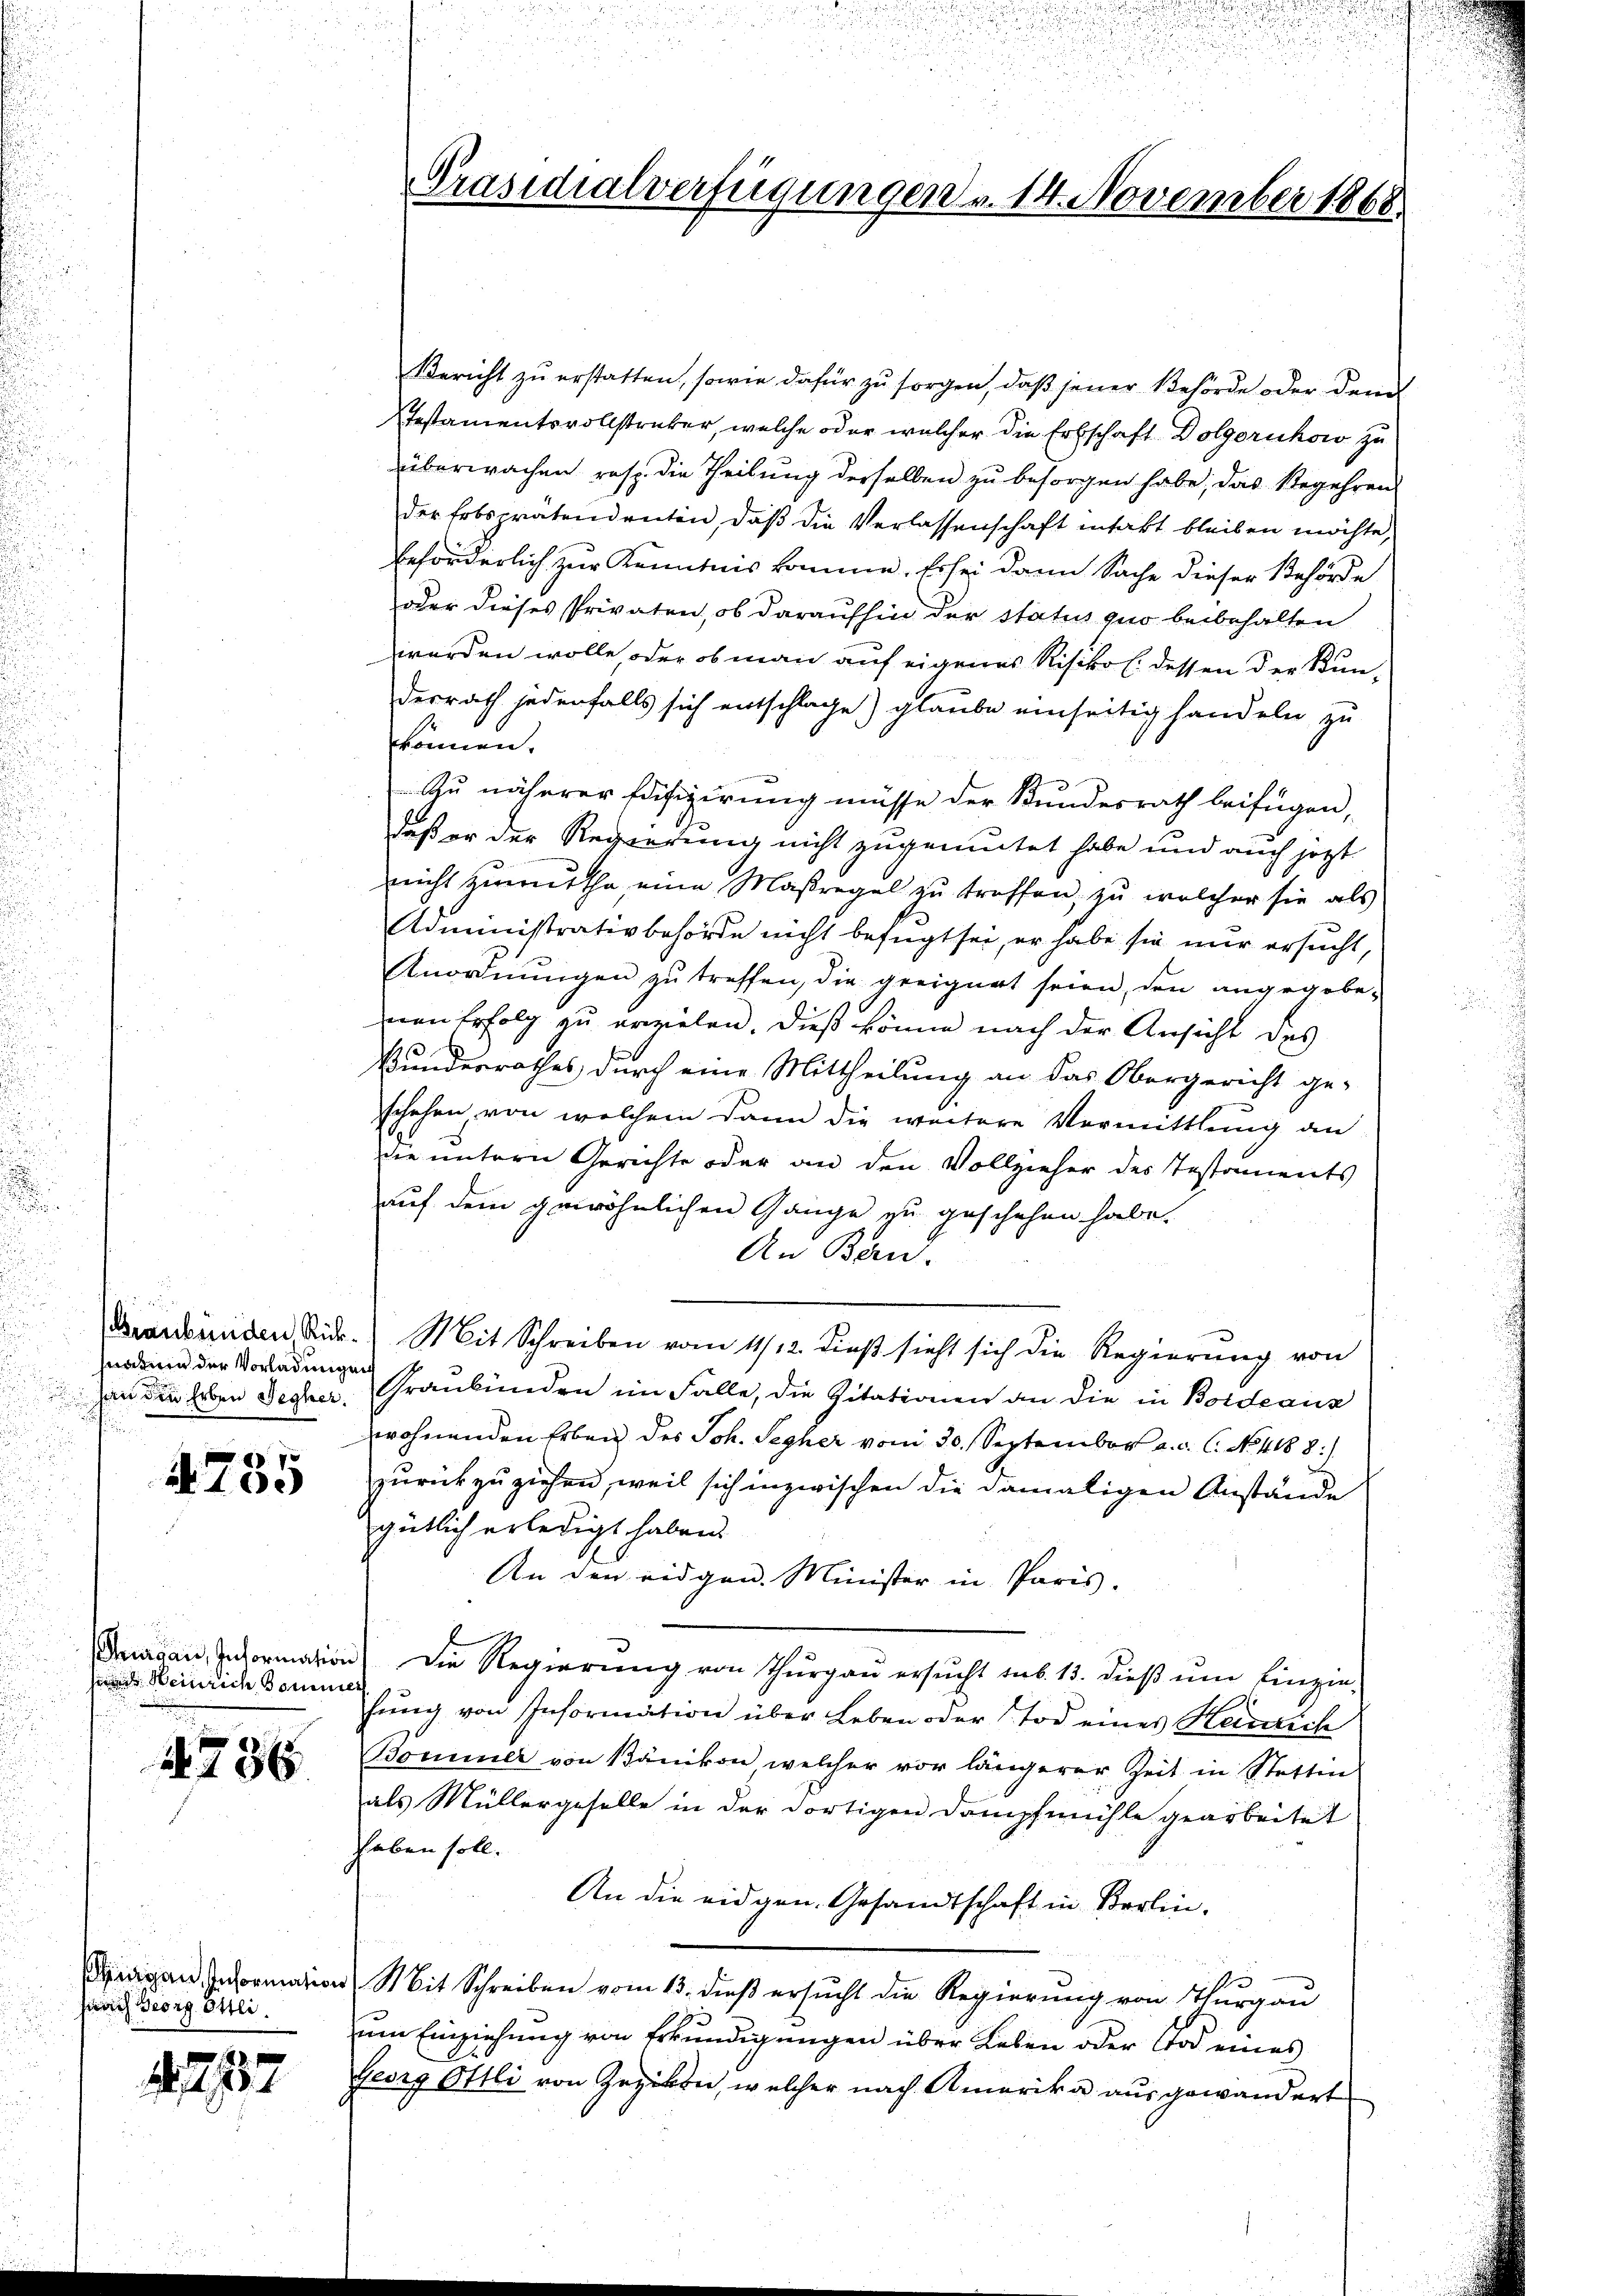
hnau der Vorladungen
e

15
100

sines Heinrich Bommer

736

iigen Information
ferrich Georg Ottli.

737

Bericht zu erstatten, sowie dafür zu sorgen, daß jener Behörde oder dem
Testamentsvollstruker, welche oder welcher die Erbschaft Dolgorukow zu
überwachen resp. die Theilung derselben zu besorgen habe, das Begehren
der Erbsprätendenten, daß die Verlassenschaft intakt bleiben möchte,
beförderlich zur Kenntnis komme. Er sei dann Sache dieser Behörde
oder dieses Privaten, ob daraufhin der status quo beibehalten
werden wolle oder ob man auf eigenes Risiko l. dessen der Kun-
derrath jedenfalls sich entschlage) glaube einseitig handeln zu
können.
Zu näherer Fäifizierung müsse der Bundesrath beifügen,
daß er der Regierung nicht zugemutet habe und auch jetzt
nicht zurücktha, eine Maßregel zu treffen, zu welcher sie als
Administrativbehörde nicht befugt sei, er habe sie nur ersucht,
Anordnungen zu treffen, die geeignet seien, den angegebenen Erfolg zu erzielen. Dieß könne nach der Ansicht des
Bundesrathes durch eine Mittheilung an das Obergericht ge-
schehen, von welchem dann die weitere Vormittlung an
Die untern Gerichte oder an den Vollzieher des Testaments
auf dem gewöhnlichen Gange zu geschehen habe.
An Band.
Draubünden, Se. Mit Schreiben vom 4/12. Dies sieht sich die Regierŭng von
vn den Erben Decker. Graubünden im Falle, die Citationen an die in Bordeaus
wohnenden Erben des Joh. Sepher vom 30. September a. c. l. No. 4188:/
zurückzuziehen, weil sich inzwischen die damaligen Anstände
gütlich erledigt haben.
An den eidgen. Minister in Paris,
Susan, Information) die Regierŭng von Thŭrgaŭ ersŭcht sub. 15. dieβ ŭm Einzin-
hung von Information über Leben oder Tod eines Heinrich
Bommer von Bänikon welcher vor längerer Zeit in Stettin
als Müllergeselle in der dortigen Dampfmühle gearbeitet
haben soll.
An die eidgen. Gesandtschaft in Berlin-
Mit Schreiben vom 13. dieß ersucht die Regierung von Thurgau
um Einziehung von Erkundigungen über Leben oder Tod eines
Georg Ottli von Gezikon, welcher nach Amerika ausgewandert

Präsidialverfügungen v. 14. November 1868